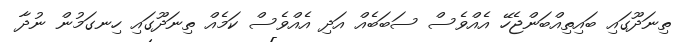
ތިނަދޫގައި ބައިތިއްބަންޖެހޭ އެއްވެސް ސަބަބެއް އަދި އެއްވެސް ކަމެއް ތިނަދޫގައި ހިނގަމުން ނުދާ